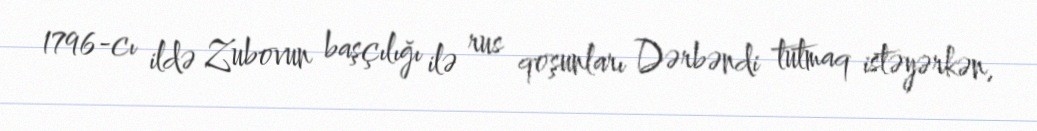
1796-cı ildə Zubovun başçılığı ilə rus qoşunları Dərbəndi tutmaq istəyərkən,